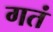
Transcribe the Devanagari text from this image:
गतं